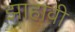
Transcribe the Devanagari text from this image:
झाहावी